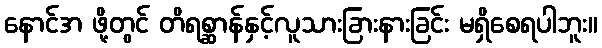
နောင်အ ဖို့တွင် တိရစ္ဆာန်နှင့်လူသားခြားနားခြင်း မရှိစေရပါဘူး။